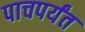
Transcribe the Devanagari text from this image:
पाचपर्यंत